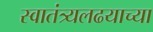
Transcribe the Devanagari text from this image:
स्वातंत्र्यलढयाच्या